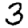
Digit: 3